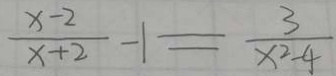
\frac { x - 2 } { x + 2 } - 1 = \frac { 3 } { x ^ { 2 } - 4 }